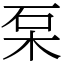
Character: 䂞